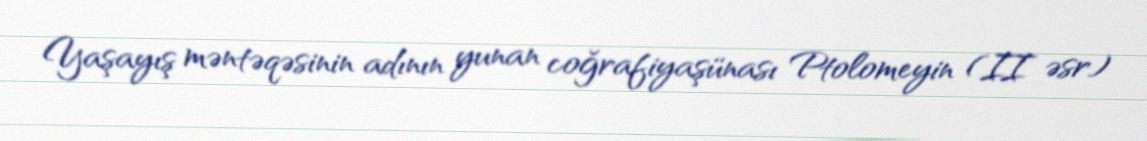
Yaşayış məntəqəsinin adının yunan coğrafiyaşünası Ptolomeyin (II əsr)